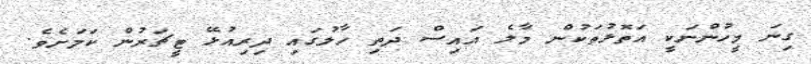
ގިނަ މީހުންނަކީ އަތޮޅުތަކުން މާލެ އައިސް ދަތި ހާލުގައި ދިރިއުޅޭ ޓީޗަރުން ކަމަށެވެ.